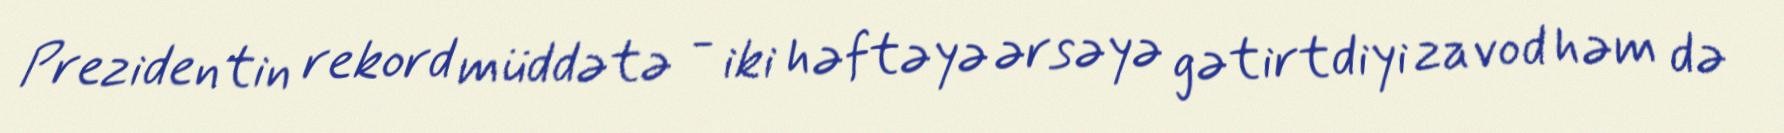
Prezidentin rekord müddətə - iki həftəyə ərsəyə gətirtdiyi zavod həm də